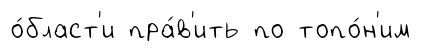
о́бласт'и пра́в'ить по топо́н'им